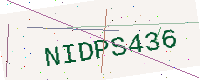
Text: NIDPS436